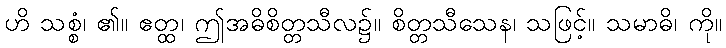
ဟိ သစ္စံ၊ ၏။ ဧတ္ထ၊ ဤအဓိစိတ္တသီလ၌။ စိတ္တသီသေန၊ သဖြင့်။ သမာဓိ၊ ကို။